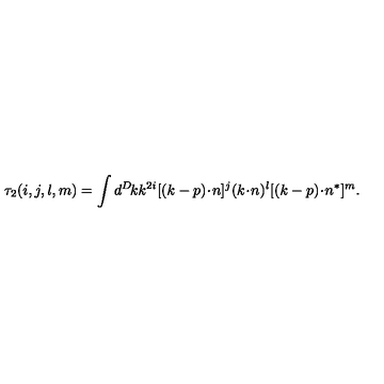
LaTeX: \tau _ { 2 } ( i , j , l , m ) = \int d ^ { D } \! k k ^ { 2 i } [ ( k - p ) \! \cdot \! n ] ^ { j } ( k \! \cdot \! n ) ^ { l } [ ( k - p ) \! \cdot \! n ^ { * } ] ^ { m } .